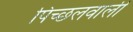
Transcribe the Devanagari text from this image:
पिच्छलवाली